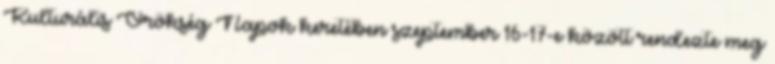
Kulturális Örökség Napok keretében szeptember 16-17-e között rendezte meg